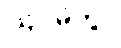
ဩဝမိတွာ